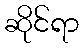
ဆိုင်ရာ